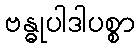
ဗန္ဓုပါဒါပစ္စာ